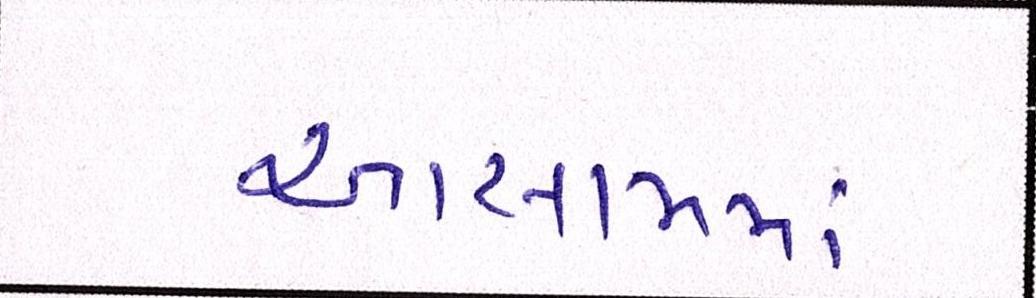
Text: આસામમાં